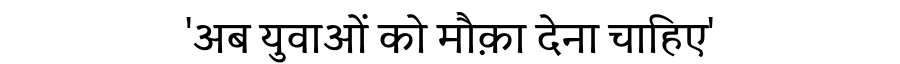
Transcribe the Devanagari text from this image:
'अब युवाओं को मौक़ा देना चाहिए'